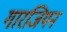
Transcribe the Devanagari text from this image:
गारजियन